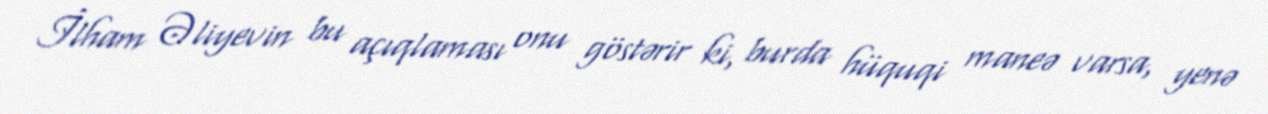
İlham Əliyevin bu açıqlaması onu göstərir ki, burda hüquqi maneə varsa, yenə